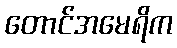
တောင်အမေရိက